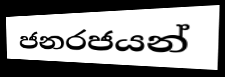
ජනරජයන්